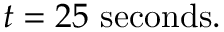
t = 2 5 \ \mathrm { s e c o n d s } .